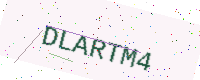
Text: DLARTM4